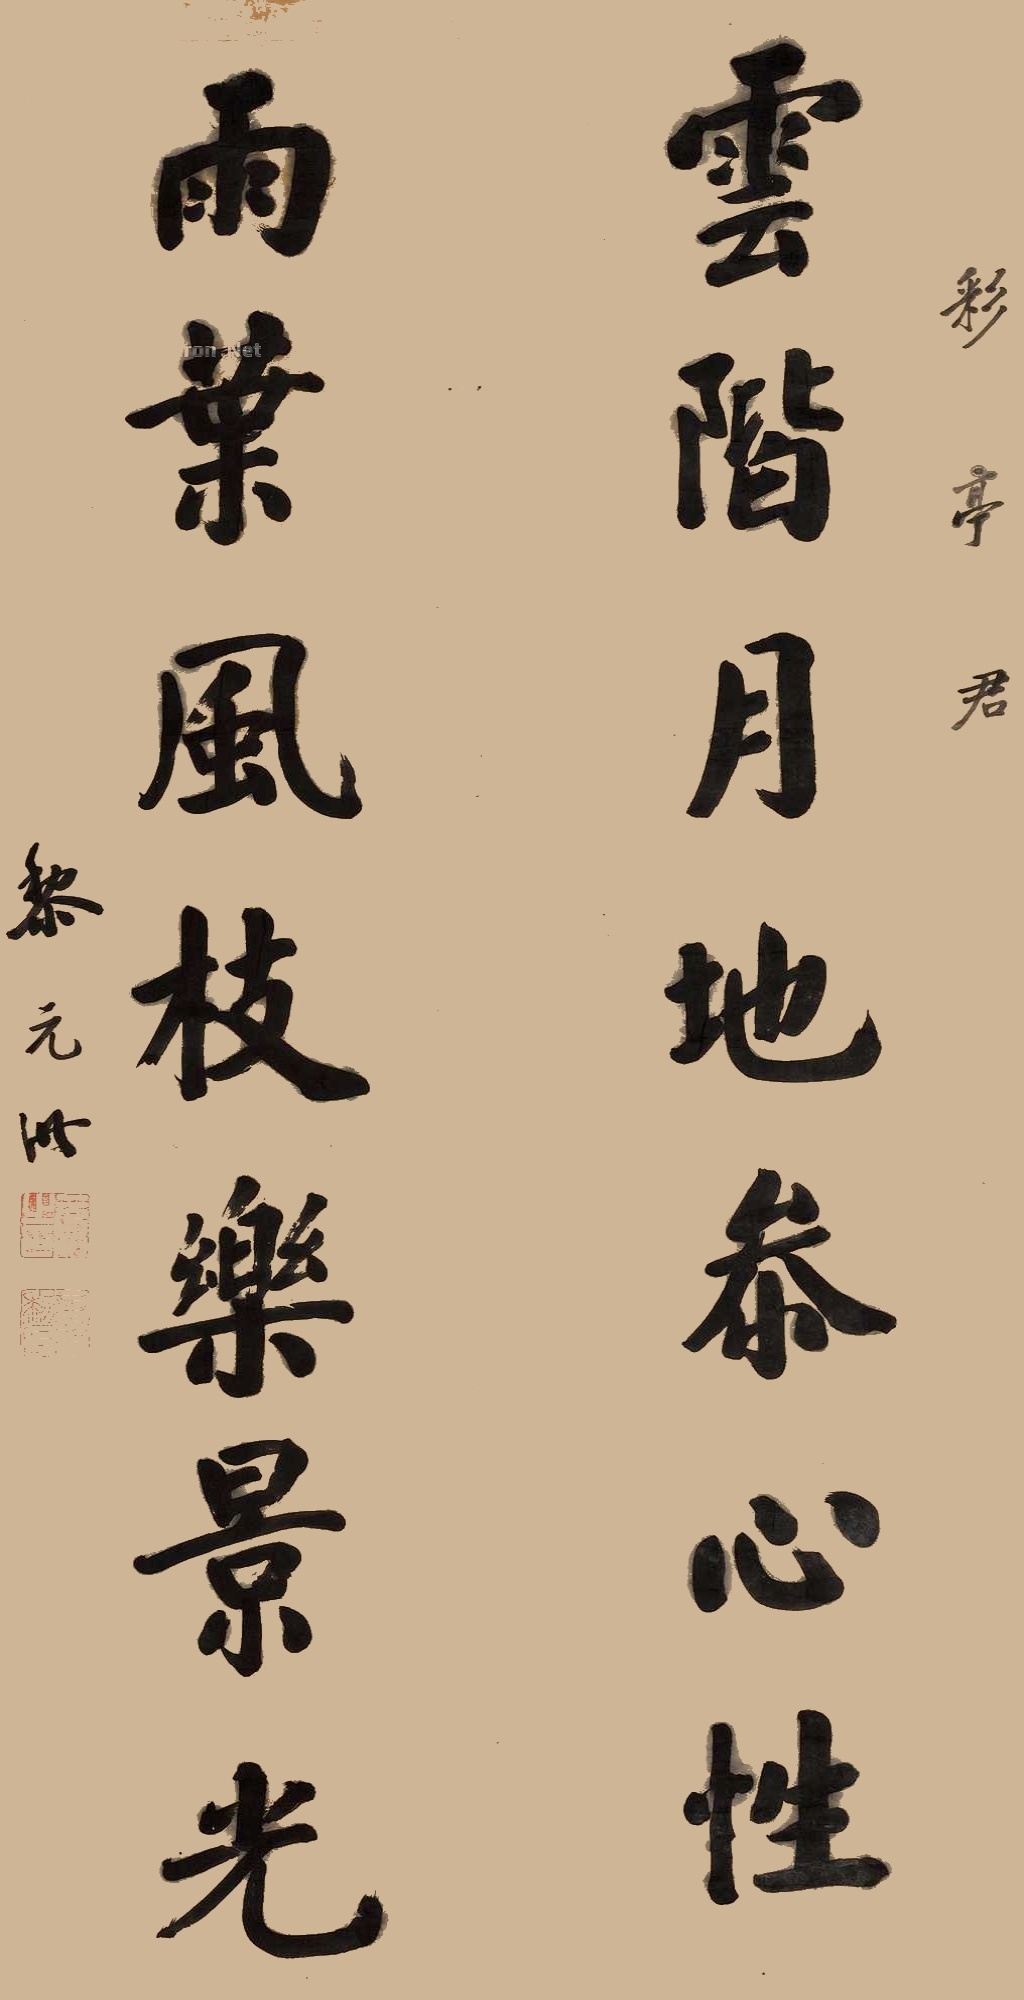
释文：云阶月地忝心性，雨叶风枝乐景光。彩亭君，黎元洪。